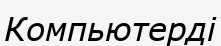
Компьютерді